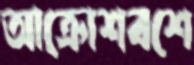
আক্রোশবশে